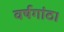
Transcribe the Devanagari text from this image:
वर्षगांठ।